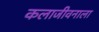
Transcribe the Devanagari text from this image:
कलाजीवनाला